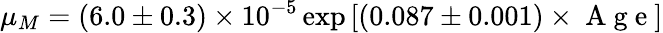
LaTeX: \mu_{M}=(6.0\pm 0.3)\times 10^{-5}\exp{[(0.087\pm 0.001)\times\mathrm{~A~g~e~}]}